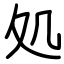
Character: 処